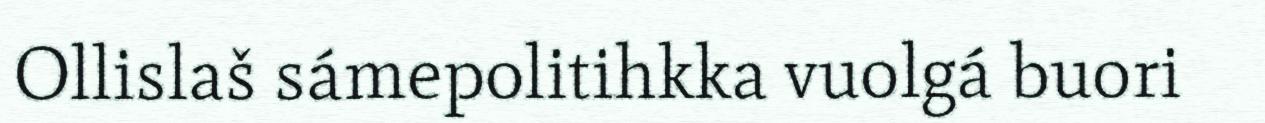
Ollislaš sámepolitihkka vuolgá buori